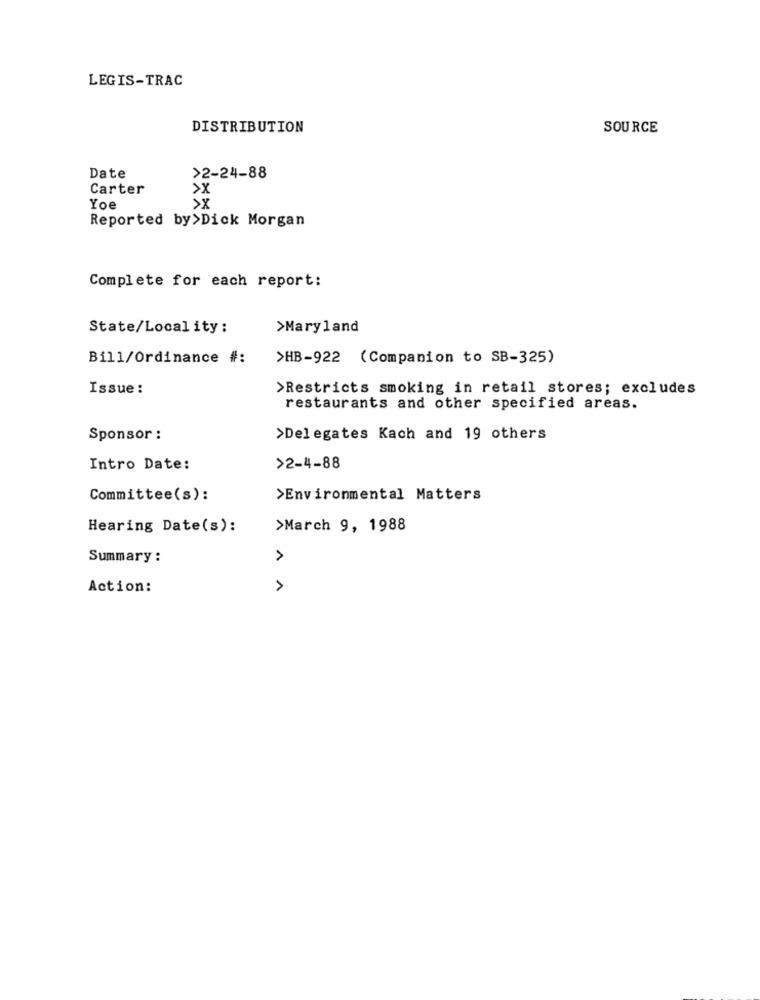
LEGIS-TRAC
DISTRIBUTION
SOURCE
Date
>2-24-88
Carter
>X
>X
Yoe
Reported by>Dick Morgan
Complete for each report:
State/Local ity :
>Maryland
Bill/Ordinance #:
>HB-922 (Companion to SB-325)
Issue :
>Restricts smoking in retail stores; excludes
restaurants and other specified areas.
Sponsor :
>Delegates Kach and 19 others
Intro Date:
>2-4-88
Committee(s):
>Environmental Matters
Hearing Date(s):
>March 9, 1988
Summary :
Action:
>